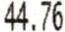
44.76